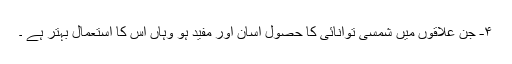
۴- جن علاقوں میں شمسی توانائی کا حصول آسان اور مفید ہو وہاں اس کا استعمال بہتر ہے ۔